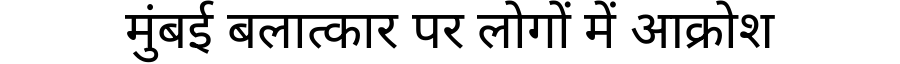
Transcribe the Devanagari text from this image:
मुंबई बलात्कार पर लोगों में आक्रोश